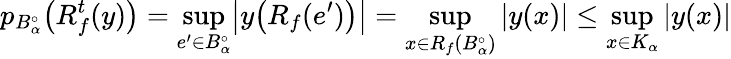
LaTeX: p_{B_{\alpha}^{\circ}}\bigl(R_{f}^{t}(y)\bigr)=\operatorname*{sup}_{e^{\prime}\in B_{\alpha}^{\circ}}\bigl|y\bigl(R_{f}(e^{\prime})\bigr)\bigr|=\operatorname*{sup}_{x\in R_{f}(B_{\alpha}^{\circ})}|y(x)|\leq\operatorname*{sup}_{x\in K_{\alpha}}|y(x)|